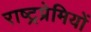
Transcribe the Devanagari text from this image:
राष्ट्रप्रेमियों